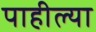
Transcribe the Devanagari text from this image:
पाहील्या